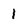
Character: 1